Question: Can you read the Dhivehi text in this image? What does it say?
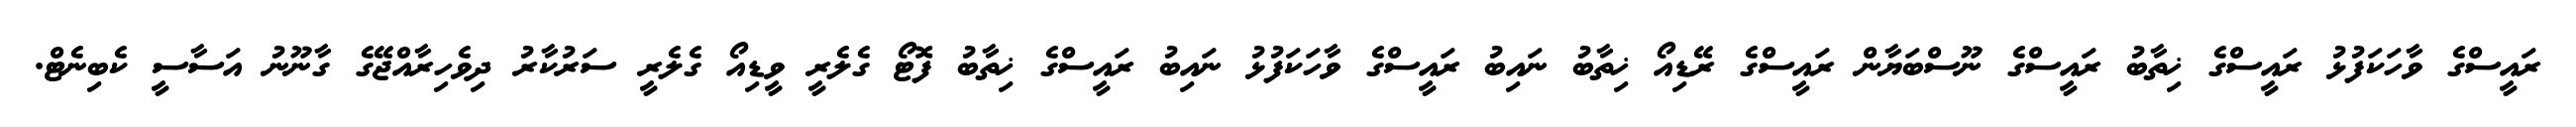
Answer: ރައީސްގެ ވާހަކަފުޅު ރައީސްގެ ޚިތާބު ރައީސްގެ ނޫސްބަޔާން ރައީސްގެ ރޭޑިއޯ ޚިތާބު ނައިބު ރައީސްގެ ވާހަކަފުޅު ނައިބު ރައީސްގެ ޚިތާބު ފޮޓޯ ގެލެރީ ވީޑިއޯ ގެލެރީ ސަރުކާރު ދިވެހިރާއްޖޭގެ ގާނޫނު އަސާސީ ކެބިނެޓް.